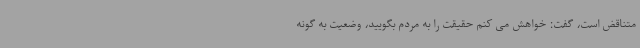
متناقض است، گفت: خواهش می کنم حقیقت را به مردم بگویید، وضعیت به گونه